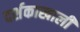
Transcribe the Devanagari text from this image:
दर्शकाखाली